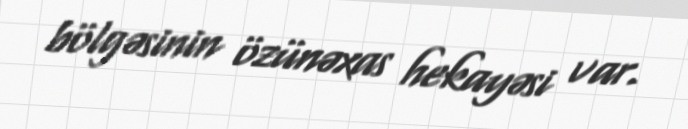
bölgəsinin özünəxas hekayəsi var.